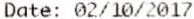
DATE: 02/10/2017